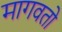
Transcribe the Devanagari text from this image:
मागवतो